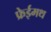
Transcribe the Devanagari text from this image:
फ्रेईमथ